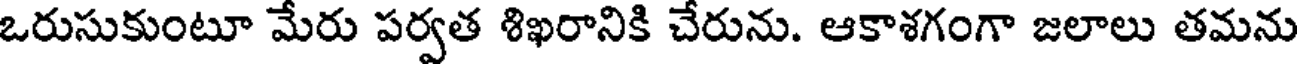
ఒరుసుకుంటూ మేరు పర్వత శిఖరానికి చేరును. ఆకాశగంగా జలాలు తమను